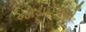
જોડાઈગયો